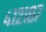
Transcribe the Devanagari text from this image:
४१२१०७